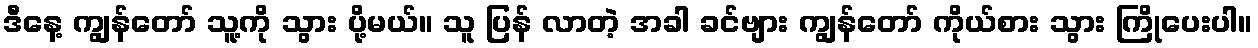
ဒီနေ့ ကျွန်တော် သူ့ကို သွား ပို့မယ်။ သူ ပြန် လာတဲ့ အခါ ခင်ဗျား ကျွန်တော် ကိုယ်စား သွား ကြိုပေးပါ။